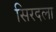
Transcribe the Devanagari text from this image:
सिरदला